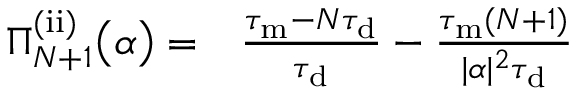
\begin{array} { r l } { \Pi _ { N + 1 } ^ { \mathrm { ( i i ) } } \big ( \alpha \big ) = } & { { } \frac { \tau _ { \mathrm { m } } - N \tau _ { \mathrm { d } } } { \tau _ { \mathrm { d } } } - \frac { \tau _ { \mathrm { m } } ( N + 1 ) } { | \alpha | ^ { 2 } \tau _ { \mathrm { d } } } } \end{array}